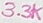
Text: 3.3K